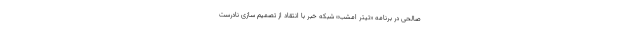
صالحی در برنامه «تیتر امشب» شبکه خبر با انتقاد از تصمیم سازی نادرست